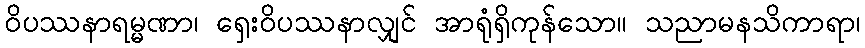
ဝိပဿနာရမ္မဏာ၊ ရှေးဝိပဿနာလျှင် အာရုံရှိကုန်သော။ သညာမနသိကာရာ၊